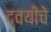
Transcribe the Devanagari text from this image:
द्वयींचे